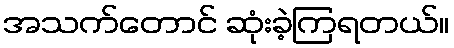
အသက်တောင် ဆုံးခဲ့ကြရတယ်။